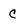
Character: C